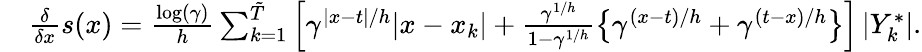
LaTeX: \begin{array}{rl}&{\frac{\delta}{\delta x}s(x)=\frac{\log(\gamma)}{h}\sum_{k=1}^{\tilde{T}}\left[\gamma^{|x-t|/h}|x-x_{k}|+\frac{\gamma^{1/h}}{1-\gamma^{1/h}}\left\{ \gamma^{(x-t)/h}+\gamma^{(t-x)/h}\right\} \right]\left|Y_{k}^{*}\right|.}\end{array}